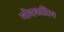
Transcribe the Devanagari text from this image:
मोदकप्रिय